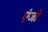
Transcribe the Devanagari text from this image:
एंजो